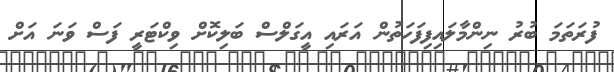
ފުރަތަމަ ބުރު ނިންމާލައިފިފަހަތުން އަރައި އީގަލްސް ބަލިކޮށް ވިކްޓަރީ ފަސް ވަނަ އަށް